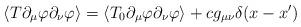
LaTeX: \begin{align*}\left\langle T\partial_{\mu}\varphi\partial_{\nu}\varphi\right\rangle=\left\langle T_{0}\partial_{\mu}\varphi\partial_{\nu}\varphi\right\rangle+cg_{\mu\nu}\delta(x-x^{\prime}) \end{align*}